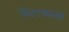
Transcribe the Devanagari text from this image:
वितरकाला